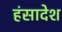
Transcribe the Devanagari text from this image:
हंसादेश